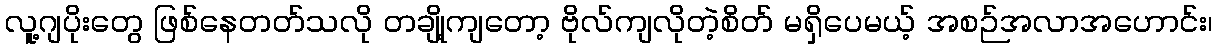
လူ့ဂျပိုးတွေ ဖြစ်နေတတ်သလို တချို့ကျတော့ ဗိုလ်ကျလိုတဲ့စိတ် မရှိပေမယ့် အစဉ်အလာအဟောင်း၊